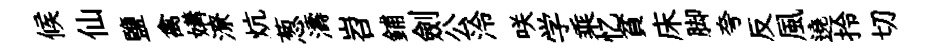
候仙鹽禽媾潦炕葱濤岧鋪劍公泠咲学乘忆貧床脚夸反風遶拎切